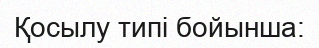
Қосылу типі бойынша: